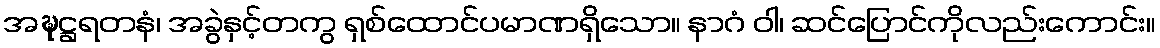
အဍ္ဎဋ္ဌရတနံ၊ အခွဲနှင့်တကွ ရှစ်ထောင်ပမာဏရှိသော။ နာဂံ ဝါ၊ ဆင်ပြောင်ကိုလည်းကောင်း။